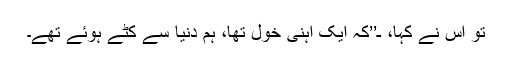
تو اس نے کہا، ـ’’کہ ایک آہنی خول تھا، ہم دُنیا سے کٹے ہوئے تھے۔